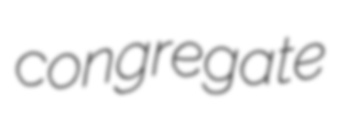
congregate